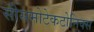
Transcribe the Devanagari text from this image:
सीसमोटेकटोनिक्‍स